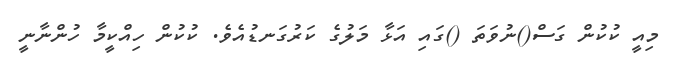
މިއީ ކުކުން ގަސް()ނުވަތަ ()ގައި އަޅާ މަލުގެ ކަރުގަނޑުއެވެ. ކުކުން ހިއްކީމާ ހުންނާނީ